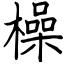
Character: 橾